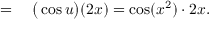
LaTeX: \begin{array} { r l } { = { } } & { { } { \big ( } \cos u { \big ) } ( 2 x ) = \cos ( x ^ { 2 } ) \cdot 2 x . } \end{array}